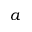
a